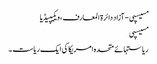
مسیسپی - آزاد دائرۃ المعارف، ویکیپیڈیا
مسیسپی
ریاستہائے متحدہ امریکا کی ایک ریاست ۔